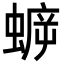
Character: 蝷